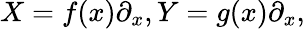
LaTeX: X=f(x)\partial_{x},Y=g(x)\partial_{x},